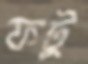
ফটু